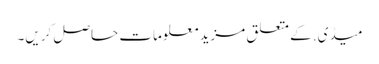
میڈی. کے متعلق مزید معلومات حاصل کریں۔